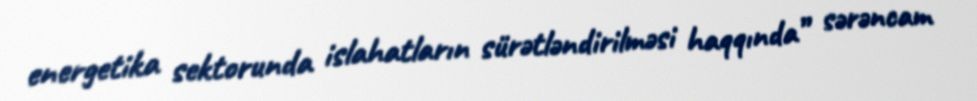
energetika sektorunda islahatların sürətləndirilməsi haqqında” sərəncam